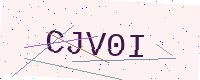
Text: CJV0I